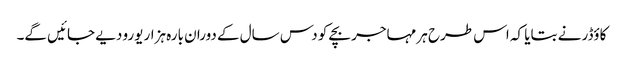
کاؤڈر نے بتایا کہ اس طرح ہر مہاجر بچے کو دس سال کے دوران بارہ ہزار یورو دیے جائیں گے۔